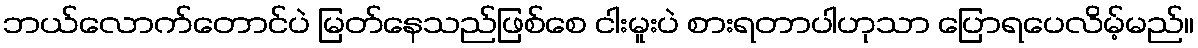
ဘယ်လောက်တောင်ပဲ မြတ်နေသည်ဖြစ်စေ ငါးမူးပဲ စားရတာပါဟုသာ ပြောရပေလိမ့်မည်။